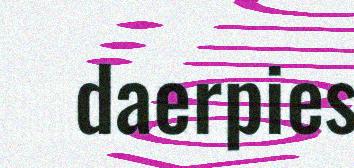
daerpies